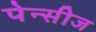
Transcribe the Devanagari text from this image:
पेन्सीज